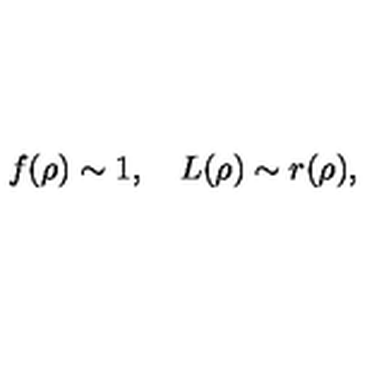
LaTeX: f ( \rho ) \sim 1 , \quad L ( \rho ) \sim r ( \rho ) ,